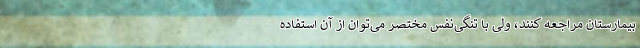
بیمارستان مراجعه کنند، ولی با تنگی‌نفس مختصر می‌توان از آن استفاده